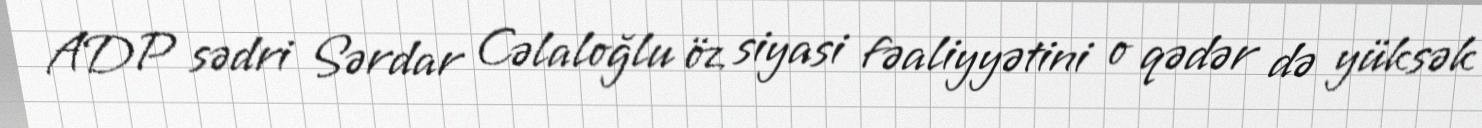
ADP sədri Sərdar Cəlaloğlu öz siyasi fəaliyyətini o qədər də yüksək